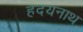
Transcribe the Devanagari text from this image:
हदयनाथ